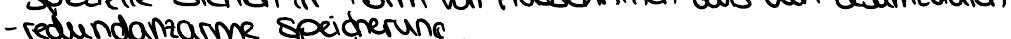
- redundanzarme Speicherung